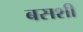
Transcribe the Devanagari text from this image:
बसशी